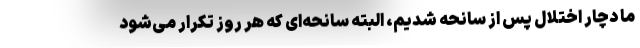
ما دچار اختلال پس از سانحه شدیم، البته سانحه‌ای که هر روز تکرار می‌شود